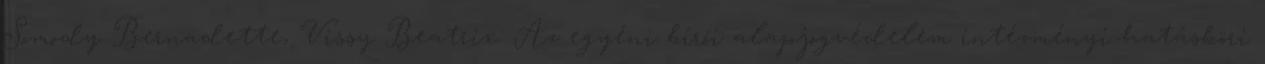
Somody Bernadette, Vissy Beatrix: Az egyéni bírói alapjogvédelem intézményi-hatásköri